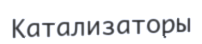
Катализаторы